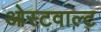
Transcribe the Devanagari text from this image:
ओस्टवाल्ट